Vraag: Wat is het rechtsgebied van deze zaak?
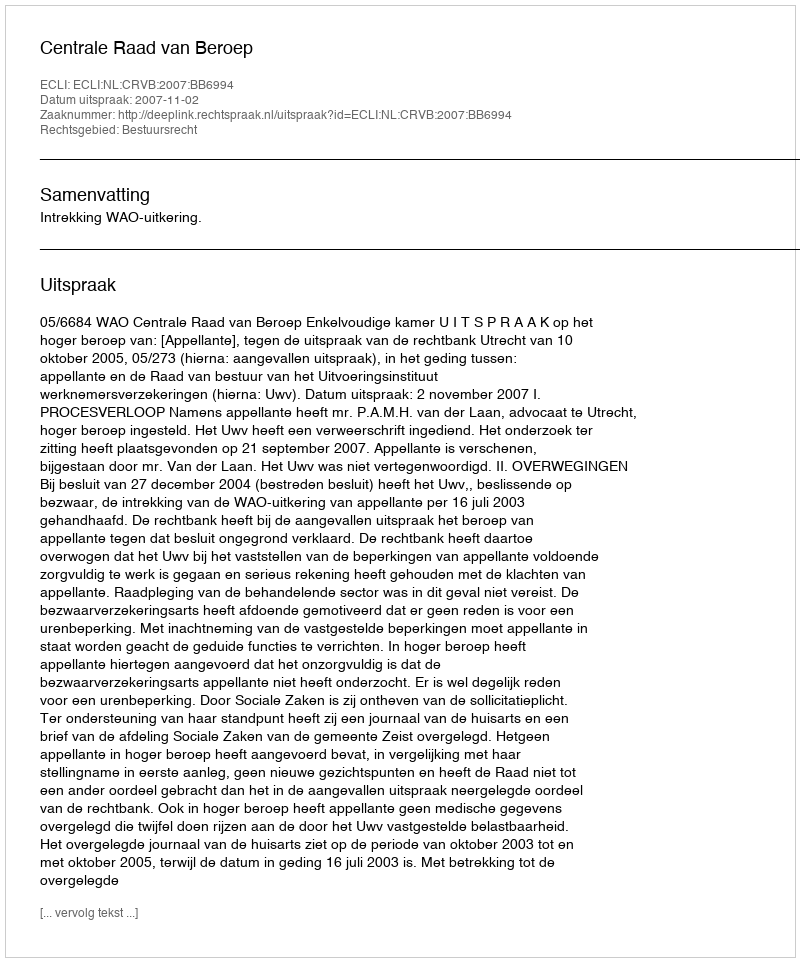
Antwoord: Bestuursrecht